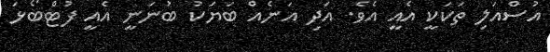
އުސްއަލި ތަކަކީ އެއީ އެވެ. އަދި އަނެއް ބަޔަކު ބުނަނީ އެއީ ފުޓްބޯޅަ